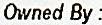
OWNED BY :